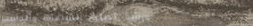
ورشة تصليح الساعات والدسب